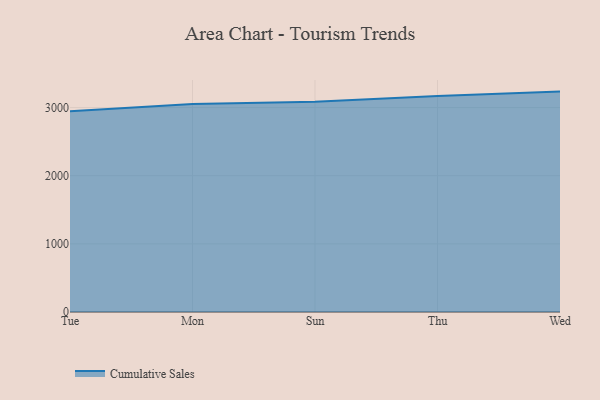
{"axis": {"x": "Day", "y": "Churn Rate (%)"}, "legend": ["Cumulative Sales"], "data": [{"x": "Tue", "y": 2945.3, "type": "Cumulative Sales"}, {"x": "Mon", "y": 3050.6, "type": "Cumulative Sales"}, {"x": "Sun", "y": 3084.9, "type": "Cumulative Sales"}, {"x": "Thu", "y": 3168.4, "type": "Cumulative Sales"}, {"x": "Wed", "y": 3234.0, "type": "Cumulative Sales"}]}